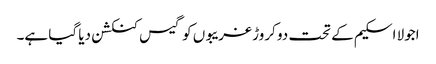
اجولا اسکیم کے تحت دو کروڑ غریبوں کو گیس کنکشن دیا گیا ہے۔